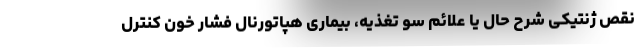
نقص ژنتیکی شرح حال یا علائم سو تغذیه، بیماری هپاتورنال فشار خون کنترل